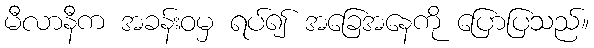
မီလာနီက အခန်းဝမှ ရပ်၍ အခြေအနေကို ပြောပြသည်။